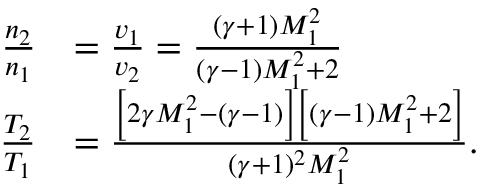
\begin{array} { r l } { \frac { n _ { 2 } } { n _ { 1 } } } & { = \frac { v _ { 1 } } { v _ { 2 } } = \frac { ( \gamma + 1 ) M _ { 1 } ^ { 2 } } { ( \gamma - 1 ) M _ { 1 } ^ { 2 } + 2 } } \\ { \frac { T _ { 2 } } { T _ { 1 } } } & { = \frac { \left[ 2 \gamma M _ { 1 } ^ { 2 } - ( \gamma - 1 ) \right] \left[ ( \gamma - 1 ) M _ { 1 } ^ { 2 } + 2 \right] } { ( \gamma + 1 ) ^ { 2 } M _ { 1 } ^ { 2 } } . } \end{array}